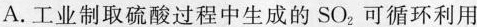
A.工业制取硫酸过程中生成的SO_{2}可循环利用